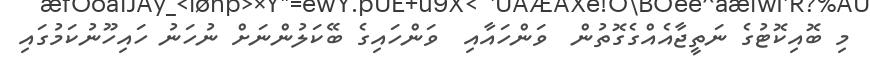
މި ބޮއިކޮޓުގެ ނަތީޖާއެއްގެގޮތުން  ވަންހައާއި  ވަންހައިގެ ބޭކަލުންނަށް ނުހަނު ހައިހޫނުކަމުގައި